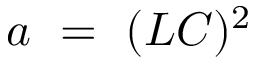
a ~ = ~ ( L C ) ^ { 2 }